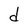
Character: d